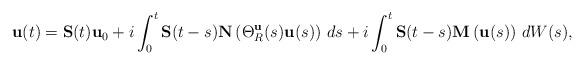
LaTeX: \begin{align*} \mathbf u(t) = \mathbf S(t) \mathbf u_0 + i \int_0^t \mathbf S(t-s) \mathbf N\left( \Theta_R^{\mathbf u}(s)\mathbf u(s) \right) \, ds + i \int_0^t \mathbf S(t-s) \mathbf M\left( \mathbf u(s) \right) \, dW(s),\end{align*}